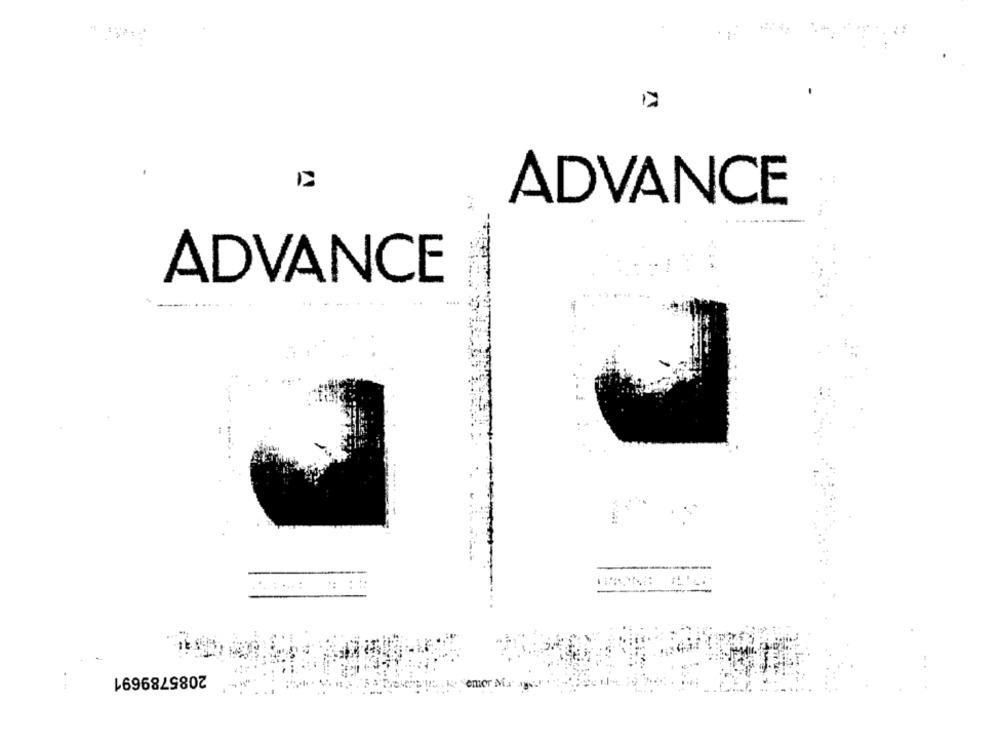
12
ADVANCE
ADVANCE
--
2085789691